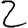
Digit: 2